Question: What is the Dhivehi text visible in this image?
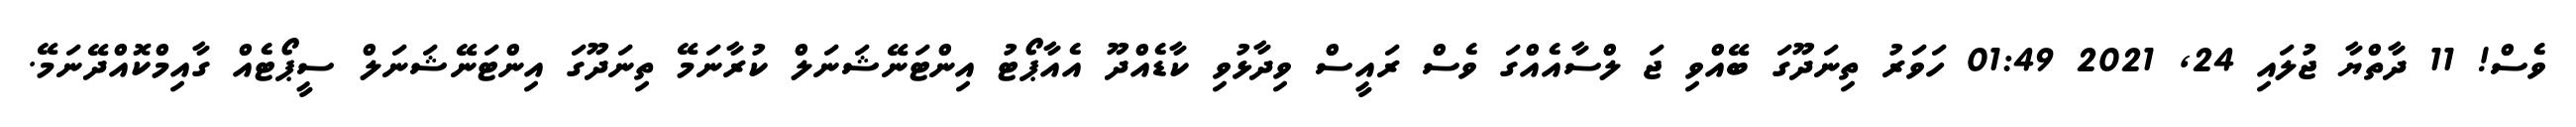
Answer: ވެސް! 11 ދާތްޔާ ޖުލައި 24, 2021 01:49 ހަވަރު ތިނަދޫގަ ބޭއްވި ޖަ ލްސާއެއްގަ ވެސް ރައީސް ވިދާޅުވި ކާޑެއްދޫ އެއާޕޯޓު އިންޓަނޭޝަނަލް ކުރާނަމޭ ތިނަދޫގަ އިންޓަނޭޝަނަލް ސީޕޯޓެއް ގާއިމްކޮއްދޭނަމޭ.